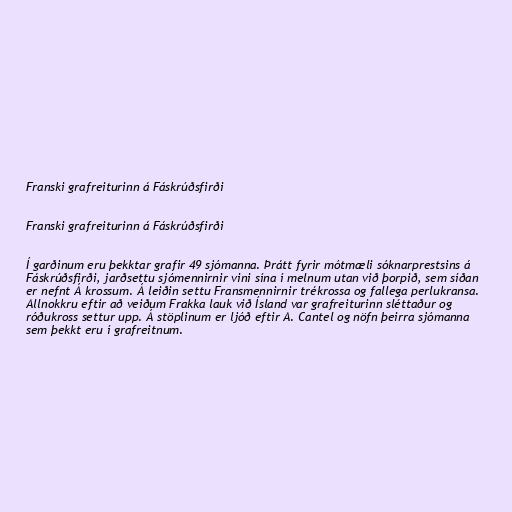
Franski grafreiturinn á Fáskrúðsfirði

Franski grafreiturinn á Fáskrúðsfirði

Í garðinum eru þekktar grafir 49 sjómanna. Þrátt fyrir mótmæli sóknarprestsins á
Fáskrúðsfirði, jarðsettu sjómennirnir vini sína í melnum utan við þorpið, sem síðan
er nefnt Á krossum. Á leiðin settu Fransmennirnir trékrossa og fallega perlukransa.
Allnokkru eftir að veiðum Frakka lauk við Ísland var grafreiturinn sléttaður og
róðukross settur upp. Á stöplinum er ljóð eftir A. Cantel og nöfn þeirra sjómanna
sem þekkt eru í grafreitnum.